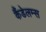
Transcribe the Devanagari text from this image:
कैंडेलम्स